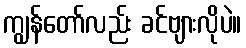
ကျွန်တော်လည်း ခင်ဗျားလိုပဲ။